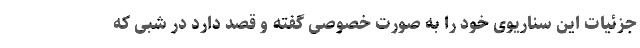
جزئیات این سناریوی خود را به صورت خصوصی گفته و قصد دارد در شبی که